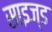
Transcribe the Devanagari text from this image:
साइज्ड